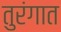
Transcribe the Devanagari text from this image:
तुरंगात